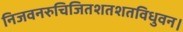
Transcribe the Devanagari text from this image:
निजवनरुचिजितशतशतविधुवन।